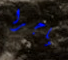
نياجرا